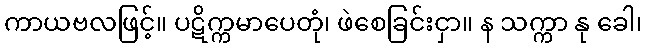
ကာယဗလဖြင့်။ ပဋိက္ကမာပေတုံ၊ ဖဲစေခြင်းငှာ။ န သက္ကာ နု ခေါ၊